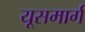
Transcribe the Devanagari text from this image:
यूसमार्ग